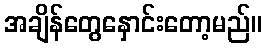
အချိန်တွေနှောင်းတော့မည်။